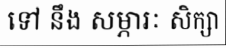
ទៅ នឹង សម្ភារៈ សិក្សា